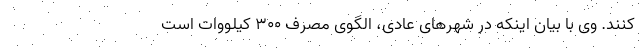
کنند. وی با بیان اینکه در شهرهای عادی، الگوی مصرف ۳۰۰ کیلووات است